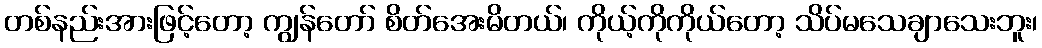
တစ်နည်းအားဖြင့်တော့ ကျွန်တော် စိတ်အေးမိတယ်၊ ကိုယ့်ကိုကိုယ်တော့ သိပ်မသေချာသေးဘူး၊